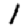
Digit: 1